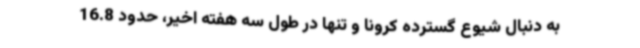
به دنبال شیوع گسترده کرونا و تنها در طول سه هفته اخیر، حدود 16.8